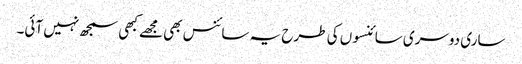
ساری دوسری سائنسوں کی طرح یہ سائنس بھی مجھے کبھی سمجھ نہیں آئی۔